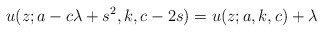
\begin{align*}u(z;a-c\lambda+s^2,k,c-2s) = u(z;a,k,c)+\lambda\end{align*}